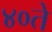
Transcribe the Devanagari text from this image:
४०ते